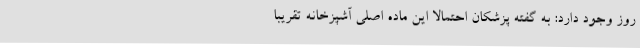
روز وجود دارد: به گفته پزشکان احتمالاً این ماده اصلی آشپزخانه تقریباً